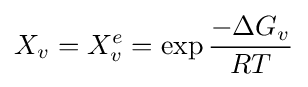
X_{v}=X_{v}^{e}=\exp {\frac {-\Delta G_{v}}{RT}}